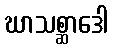
ဃာသစ္ဆာဒေါ